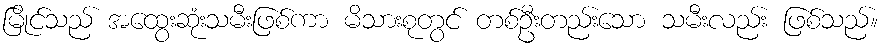
မြိုင်သည် အထွေးဆုံးသမီးဖြစ်ကာ မိသားစုတွင် တစ်ဦးတည်းသော သမီးလည်း ဖြစ်သည်။